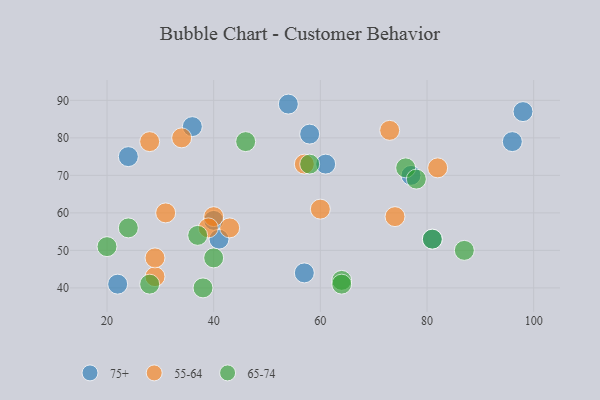
{"axis": {"x": "GDP", "y": "Life Expectancy"}, "legend": ["55-64", "65-74", "75+"], "data": [{"x": "77", "y": 70, "type": "75+"}, {"x": "41", "y": 53, "type": "75+"}, {"x": "96", "y": 79, "type": "75+"}, {"x": "57", "y": 44, "type": "75+"}, {"x": "81", "y": 53, "type": "75+"}, {"x": "40", "y": 58, "type": "75+"}, {"x": "54", "y": 89, "type": "75+"}, {"x": "58", "y": 81, "type": "75+"}, {"x": "36", "y": 83, "type": "75+"}, {"x": "24", "y": 75, "type": "75+"}, {"x": "22", "y": 41, "type": "75+"}, {"x": "98", "y": 87, "type": "75+"}, {"x": "61", "y": 73, "type": "75+"}, {"x": "73", "y": 82, "type": "55-64"}, {"x": "40", "y": 59, "type": "55-64"}, {"x": "57", "y": 73, "type": "55-64"}, {"x": "82", "y": 72, "type": "55-64"}, {"x": "39", "y": 56, "type": "55-64"}, {"x": "60", "y": 61, "type": "55-64"}, {"x": "29", "y": 43, "type": "55-64"}, {"x": "34", "y": 80, "type": "55-64"}, {"x": "31", "y": 60, "type": "55-64"}, {"x": "29", "y": 48, "type": "55-64"}, {"x": "28", "y": 79, "type": "55-64"}, {"x": "43", "y": 56, "type": "55-64"}, {"x": "74", "y": 59, "type": "55-64"}, {"x": "76", "y": 72, "type": "65-74"}, {"x": "78", "y": 69, "type": "65-74"}, {"x": "37", "y": 54, "type": "65-74"}, {"x": "64", "y": 42, "type": "65-74"}, {"x": "46", "y": 79, "type": "65-74"}, {"x": "28", "y": 41, "type": "65-74"}, {"x": "38", "y": 40, "type": "65-74"}, {"x": "64", "y": 41, "type": "65-74"}, {"x": "58", "y": 73, "type": "65-74"}, {"x": "20", "y": 51, "type": "65-74"}, {"x": "81", "y": 53, "type": "65-74"}, {"x": "24", "y": 56, "type": "65-74"}, {"x": "40", "y": 48, "type": "65-74"}, {"x": "87", "y": 50, "type": "65-74"}]}